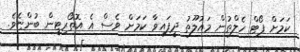
ކަމަށް ޕޯޓް ހެލްތުން މައުލޫތު ދީފައިވާ ކަމަށް ވެސް އެ އޮތޯރިޓީން ބުންޏެވެ.